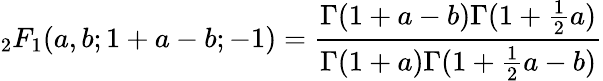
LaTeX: {}_{2}F_{1}(a,b;1+a-b;-1)={\frac{\Gamma(1+a-b)\Gamma(1+{\frac{1}{2}}a)}{\Gamma(1+a)\Gamma(1+{\frac{1}{2}}a-b)}}